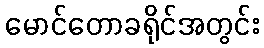
မောင်တောခရိုင်အတွင်း